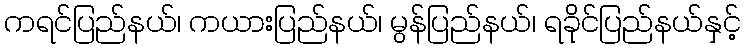
ကရင်ပြည်နယ်၊ ကယားပြည်နယ်၊ မွန်ပြည်နယ်၊ ရခိုင်ပြည်နယ်နှင့်